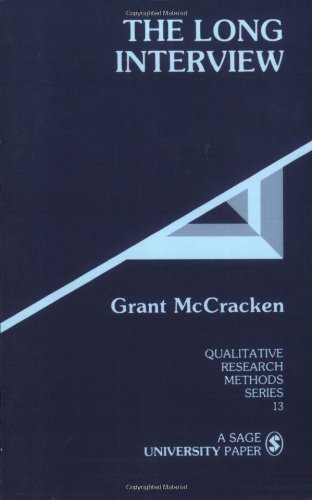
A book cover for The Long Interview (Qualitative Research Methods); Grant McCracken; Business & Money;